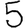
Digit: 5